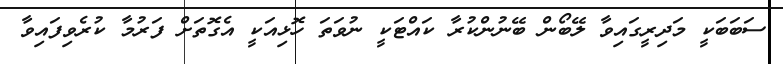
ސަބަބަކީ މަދިރީގައިވާ ލޭބޯން ބޭނުންކުރާ ކައްޓަކީ ނުވަތަ ހޮޅިއަކީ އެގޮތަށް ފަރުމާ ކުރެވިފައިވާ